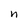
Character: h